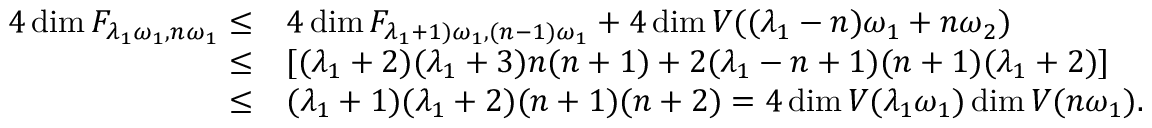
\begin{array} { r l } { 4 \dim \cal F _ { \lambda _ { 1 } \omega _ { 1 } , n \omega _ { 1 } } \leq } & { 4 \dim \cal F _ { \lambda _ { 1 } + 1 ) \omega _ { 1 } , ( n - 1 ) \omega _ { 1 } } + 4 \dim V ( ( \lambda _ { 1 } - n ) \omega _ { 1 } + n \omega _ { 2 } ) } \\ { \leq } & { [ ( \lambda _ { 1 } + 2 ) ( \lambda _ { 1 } + 3 ) n ( n + 1 ) + 2 ( \lambda _ { 1 } - n + 1 ) ( n + 1 ) ( \lambda _ { 1 } + 2 ) ] } \\ { \leq } & { ( \lambda _ { 1 } + 1 ) ( \lambda _ { 1 } + 2 ) ( n + 1 ) ( n + 2 ) = 4 \dim V ( \lambda _ { 1 } \omega _ { 1 } ) \dim V ( n \omega _ { 1 } ) . } \end{array}